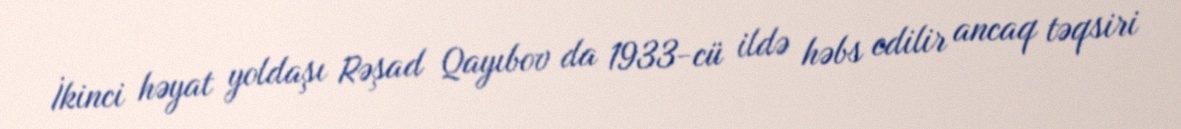
İkinci həyat yoldaşı Rəşad Qayıbov da 1933-cü ildə həbs edilir ancaq təqsiri